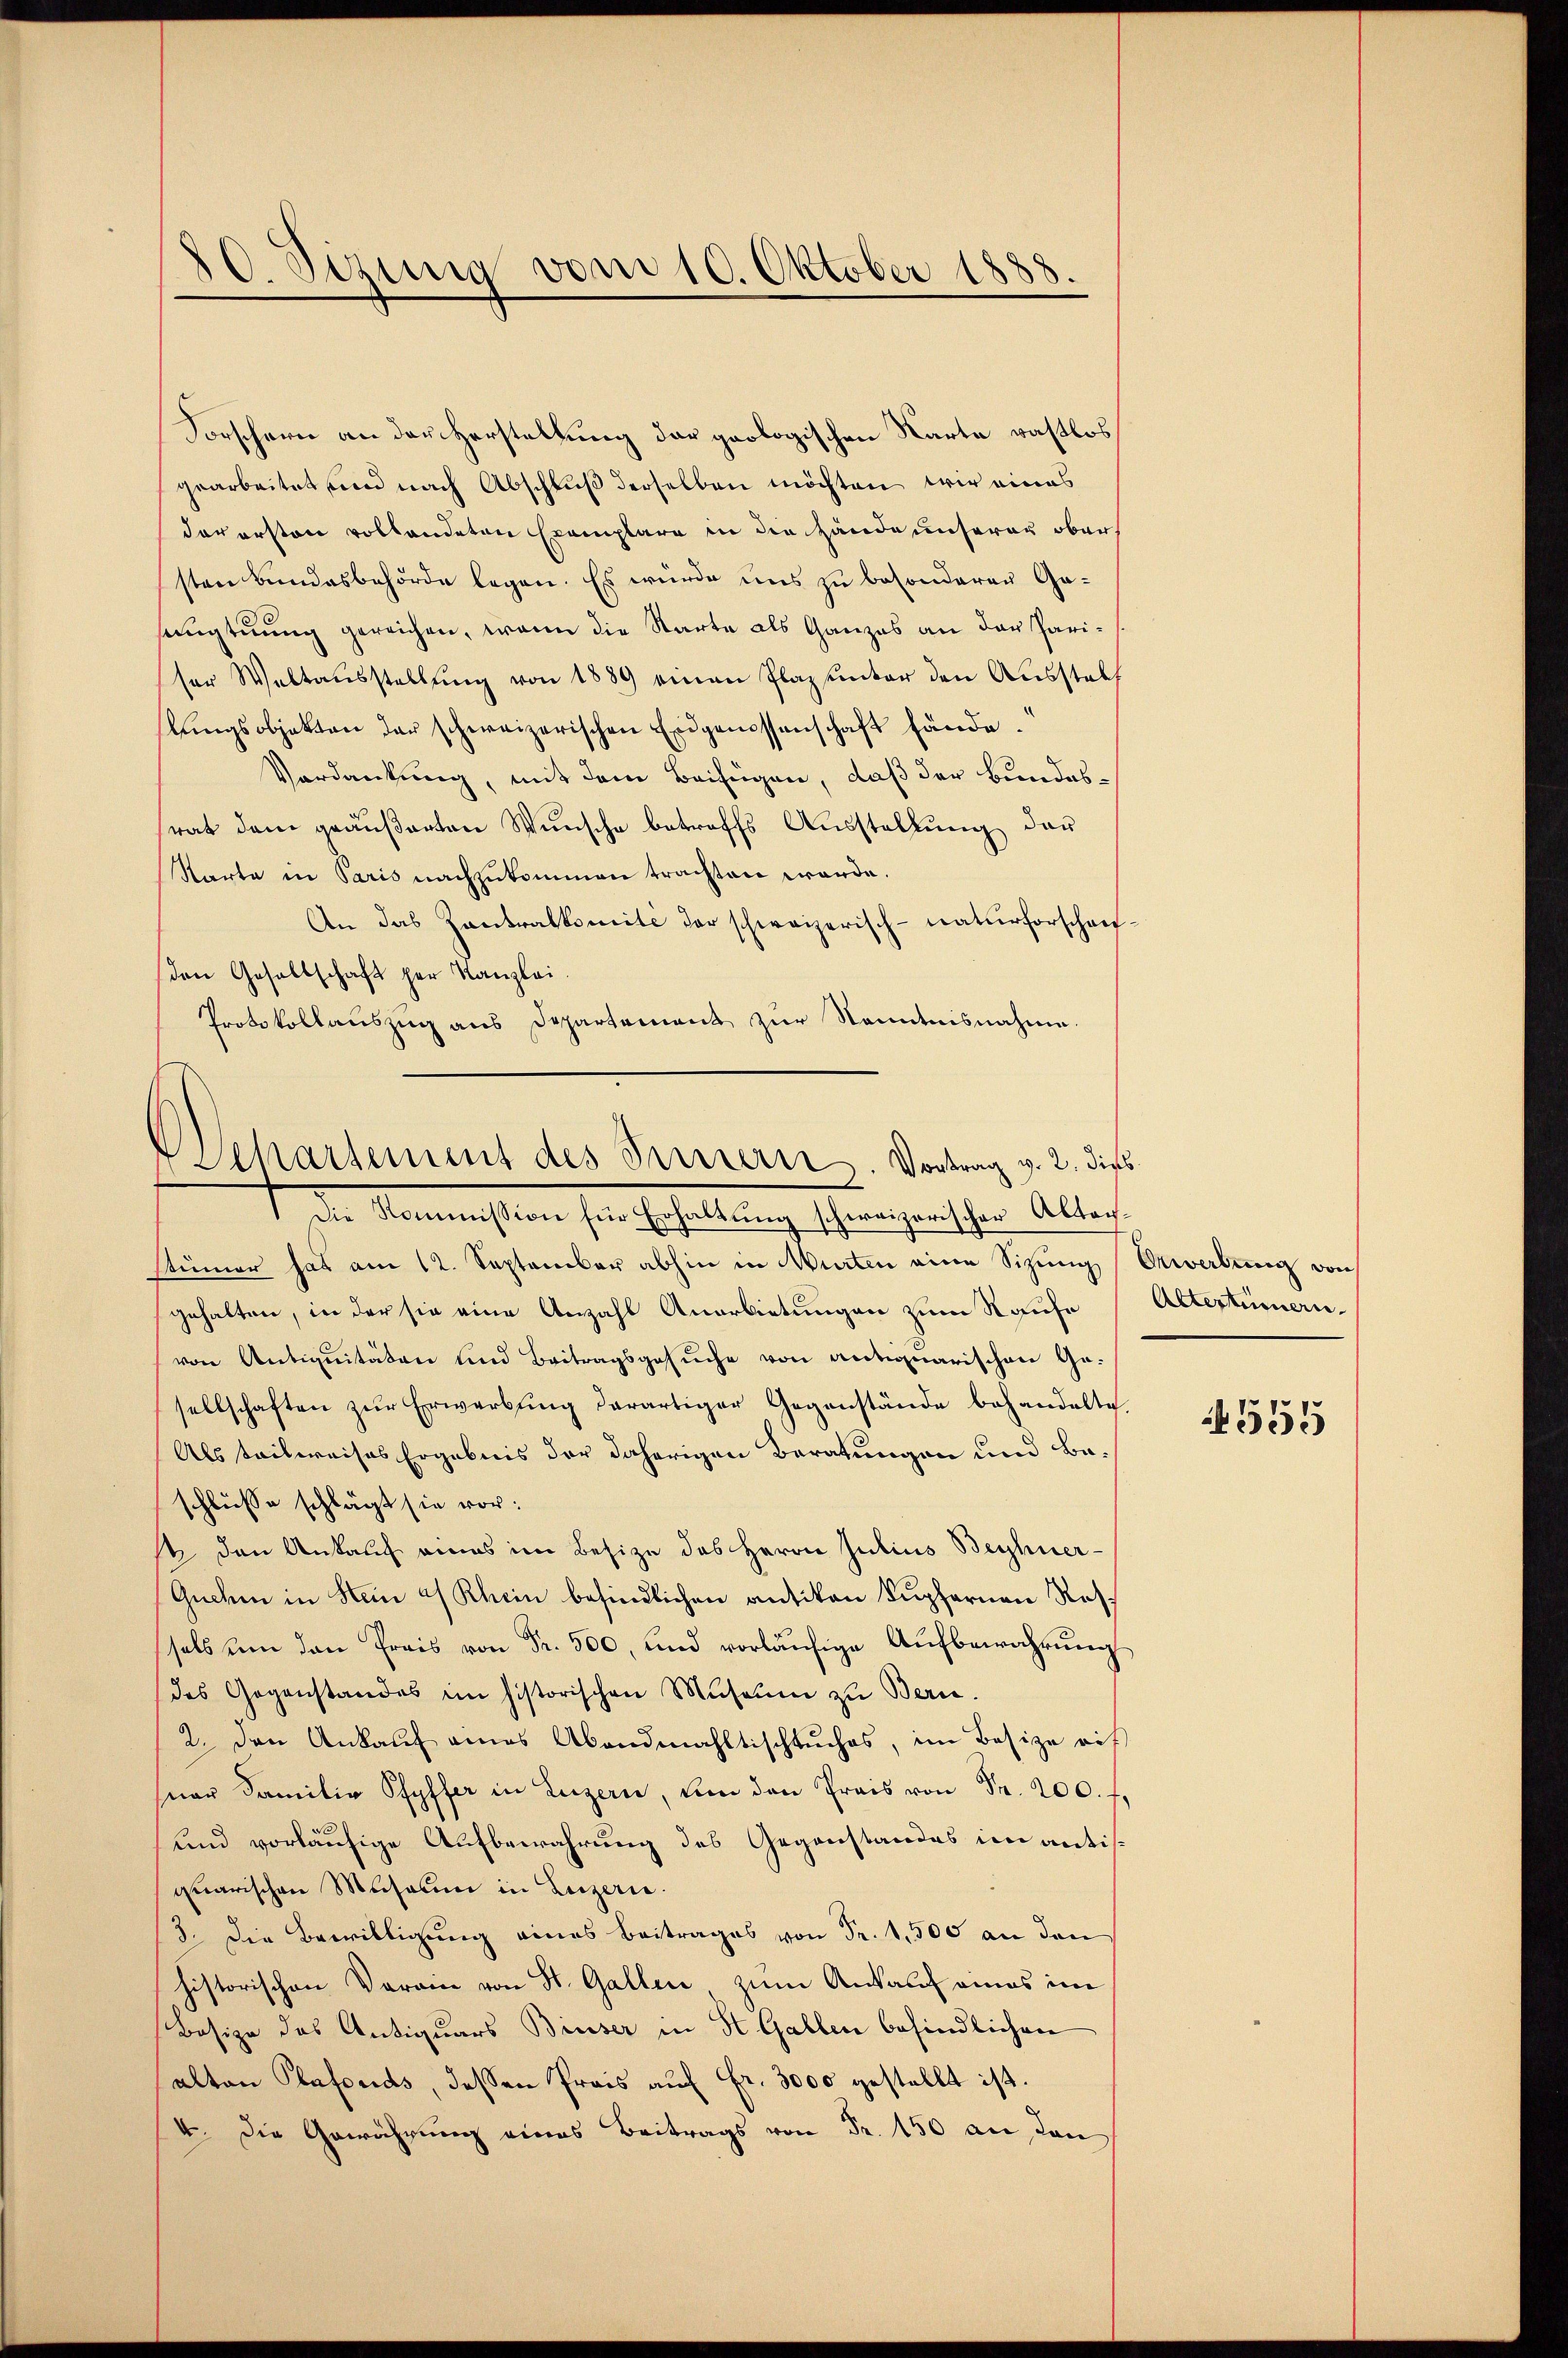
20. Sezung vom 10. Oktober 1888.

Forschern an der Herstellung der geologischen Karte vastlos
gearbeitet und nach Abschluß derselben möchten wir eines
der ersten vollandeten Exemplare in die Hände unserer obersten Bundesbehörde legen. Es wurde uns zu besonderen Gasaugtuung gereichen, wenn die Starte als Ganzes an der Pariser Weltausstellŭng von 1889 einen Plaz unter den Ausstell
lŭngsobjekten der schweizerischen Eidgenossenschaft fände.
Verdankung, mit dem Beifügen, daß der Bundesrat dem geäußerten Wunsche betreffs Ausstellung der
Starte in Paris nachzukommen trachten werde.
An das Zentralkomité der schweizerisch-naturforschaf
den Gesellschaft per Kanzlei.
Protokollauszug aus Departement zur Kenntnisnahme.
1 die Kommission für Erhaltŭng schweizerischer Abtag-
stümer hat am 12. September abhin in Murten eine Sizung
gehalten, in der sie eine Anzahl Anerbietungen zum Kaufe
von Antiquitäten und Beitragsgesŭche von antiquarischen Ge-
sellschaften zŭr Erwerbŭng derartiger Gegenstände behandelte.
Als teilweises Ergebnis der daherigen Beratungen und Beschlüsse schlägt sie vor:
st den Ankauf eines im Besize des Herrn Julius Beyhner-
Guchen in Hein u Rhein befindlichen antikon Kupfernen Ressalb um den Preis von Fr. 500, und vorläŭfige Aufbewahrung
des Gegenstandes im historischen Museum zu Bern.
2. den Ankauf eines Abendmahltischkuches, im Besize rit
par Familie Pfyffer in Luzern, um den Preis von Fr. 200. f
und vorläufige Aufbewahrung des Gegenstandes im antisquarischen Museum in Luzern.
3. Die Bewilligung eines Beitrages von Fr. 1,500 an den
historischen Vorrin von St. Gallen zum Ankauf eines im
Besize des Antiquars Bieser in St. Gallen befindlichen
alten Plafonds, dessen Prais auf Fr. 3000 gestellt ist.
4. Die Gewährung eines Beitrags von Fr. 150 an dan

Departement des Fernern. Vortrag v. 2. dies

Gewerbung von
Altertümern.

555